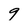
Character: 9